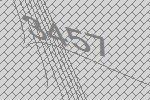
3457